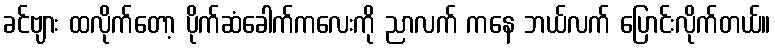
ခင်ဗျား ထလိုက်တော့ ပိုက်ဆံခေါက်ကလေးကို ညာလက် ကနေ ဘယ်လက် ပြောင်းလိုက်တယ်။